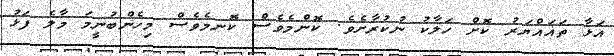
އަޅާ ތަޣައްޔަރު ކޮށް ހަލާކު ނުކުރާށެވެ. ކޮންމެވެސް ކޮނމެވެސް މިހެންބުނީމަ މާލެ ފަޅު